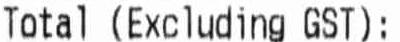
TOTAL (EXCLUDING GST):